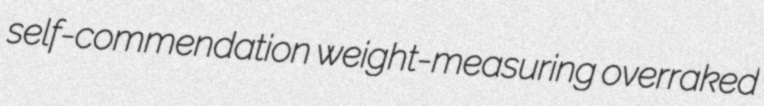
self-commendation weight-measuring overraked